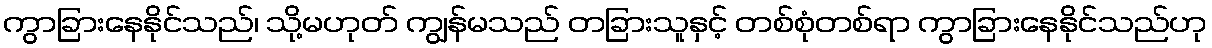
ကွာခြားနေနိုင်သည်၊ သို့မဟုတ် ကျွန်မသည် တခြားသူနှင့် တစ်စုံတစ်ရာ ကွာခြားနေနိုင်သည်ဟု